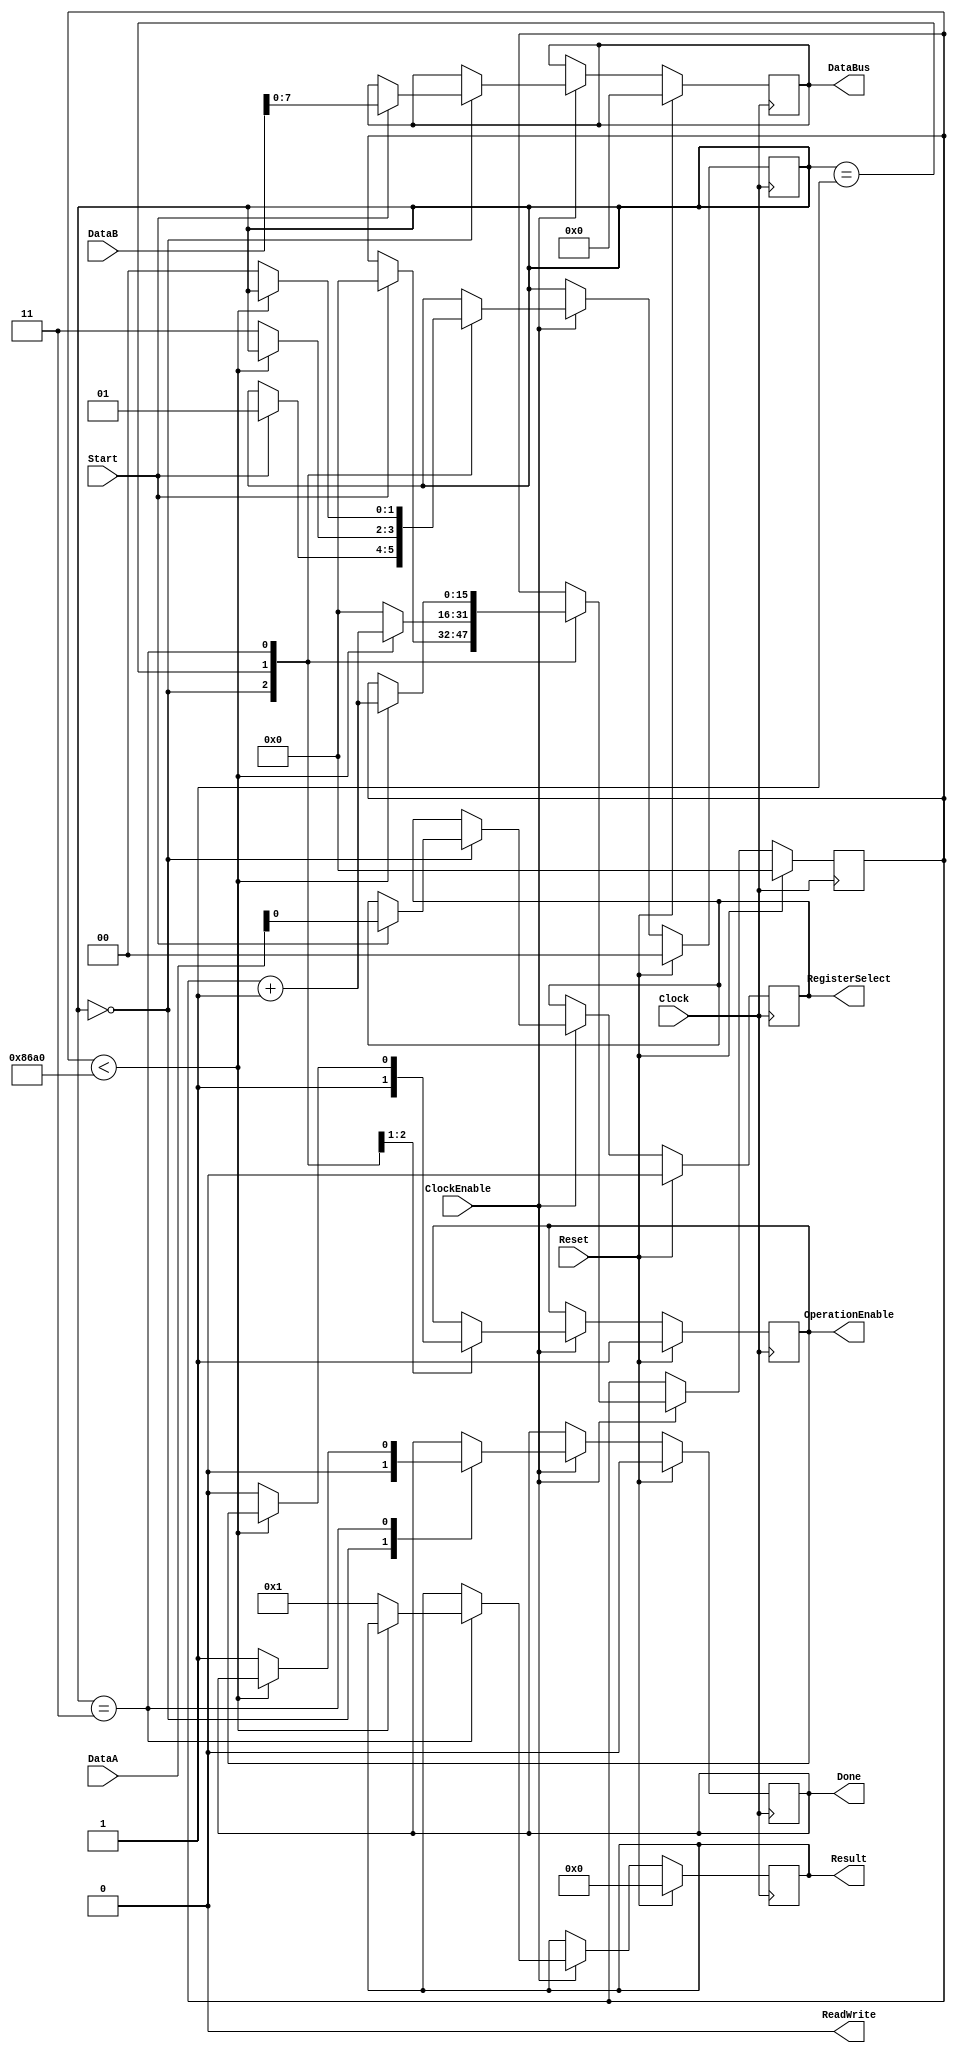
module LCD (
	DataA,
	DataB,
	Result,
	Clock,
	ClockEnable,
	Start,
	Reset,
	Done,
	RegisterSelect,
	ReadWrite,
	OperationEnable,
	DataBus
);

	input [31:0] DataA, DataB;
	input Clock, ClockEnable, Start, Reset;
	output reg [31:0] Result;
	output ReadWrite;
	output reg [7:0] DataBus;
	output reg Done, RegisterSelect, OperationEnable;

	reg [1:0] state;
	reg [15:0] counter;

	assign ReadWrite = 1'b0;
	localparam Idle = 2'b00, Busy = 2'b01, Final = 2'b11;

	always @ (posedge Clock)
	begin

		if (Reset)
			begin
				state <= Idle;
				counter <= 16'd0;
				Result <= 32'd0;
				DataBus <= 8'b0;
				Done <= 1'b0;
				RegisterSelect <= 1'b0;
				OperationEnable <= 1'b1;
			end
		else
			begin

				if (ClockEnable)
					begin
						case (state)
							Idle: 
								begin
									Done <= 1'b0;
									OperationEnable <= 1'b1;

									if (Start)
										begin
											state <= Busy;
											counter <= 16'd0;
											RegisterSelect <= DataA[0];
											DataBus <= DataB[7:0];
										end
								end
							Busy:
								begin

									if (counter < 16'd100000)
										begin
											counter <= counter + 16'd1;
										end
									else
										begin
											state <= Final;
											counter <= 16'd0;
											OperationEnable <= 1'b0;
										end
								end
							Final:
								begin

									if (counter < 16'd100000)
										begin
											counter <= counter + 16'd1;
										end
									else
										begin
											state <= Idle;
											Done <= 1'b1;
											Result <= 32'd1;
										end
								end
						endcase

					end
			end
	end

endmodule